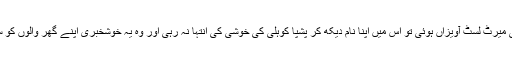
تین ستمبر 2019 کو جب حتمی میرٹ لسٹ آویزاں ہوئی تو اس میں اپنا نام دیکھ کر پشپا کوہلی کی خوشی کی انتہا نہ رہی اور وہ یہ خوشخبری اپنے گھر والوں کو سنانے فوراً گاؤں روانہ ہو گئیں۔